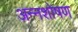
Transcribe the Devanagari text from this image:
अन्नशोषण